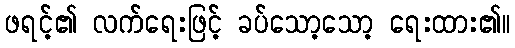
ဖရင့်၏ လက်ရေးဖြင့် ခပ်သော့သော့ ရေးထား၏။